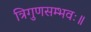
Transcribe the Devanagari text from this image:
त्रिगुणसम्भवः॥